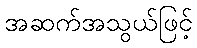
အဆက်အသွယ်ဖြင့်